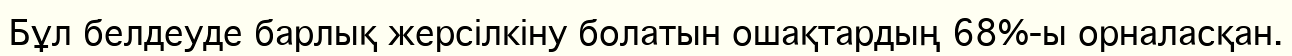
Бұл белдеуде барлық жерсілкіну болатын ошақтардың 68%-ы орналасқан.